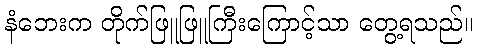
နံဘေးက တိုက်ဖြူဖြူကြီးကြောင့်သာ တွေ့ရသည်။